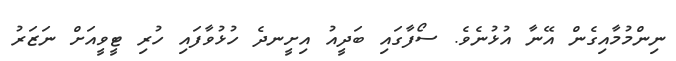
ނިންމުމާއިގެން އޭނާ އުޅުނެވެ. ސޯފާގައި ބަދީއު އިށީނދެ ހުޅުވާފައި ހުރި ޓީވީއަށް ނަޒަރު